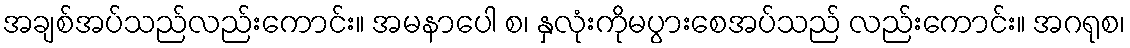
အချစ်အပ်သည်လည်းကောင်း။ အမနာပေါ စ၊ နှလုံးကိုမပွားစေအပ်သည် လည်းကောင်း။ အဂရုစ၊